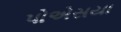
પોએસયા